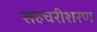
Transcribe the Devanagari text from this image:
सहचरीशरण